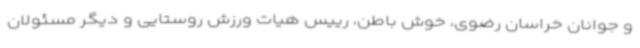
و جوانان خراسان رضوی، خوش باطن، رییس هیات ورزش روستایی و دیگر مسئولان